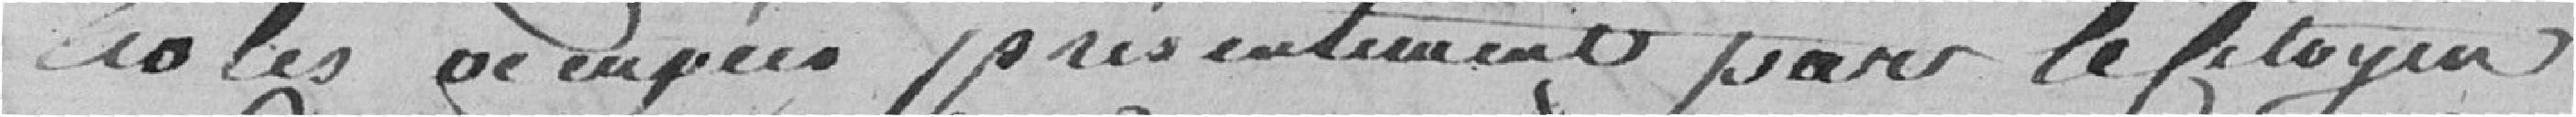
Ecoles occupées présentement par le Citoyen